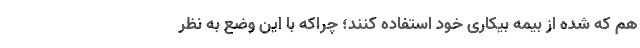
هم که شده از بیمه بیکاری خود استفاده کنند؛ چراکه با این وضع به نظر